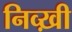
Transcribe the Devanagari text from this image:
निव्ख़ी